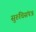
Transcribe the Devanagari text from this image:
सुरुचिसंपन्न